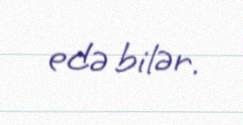
edə bilər.